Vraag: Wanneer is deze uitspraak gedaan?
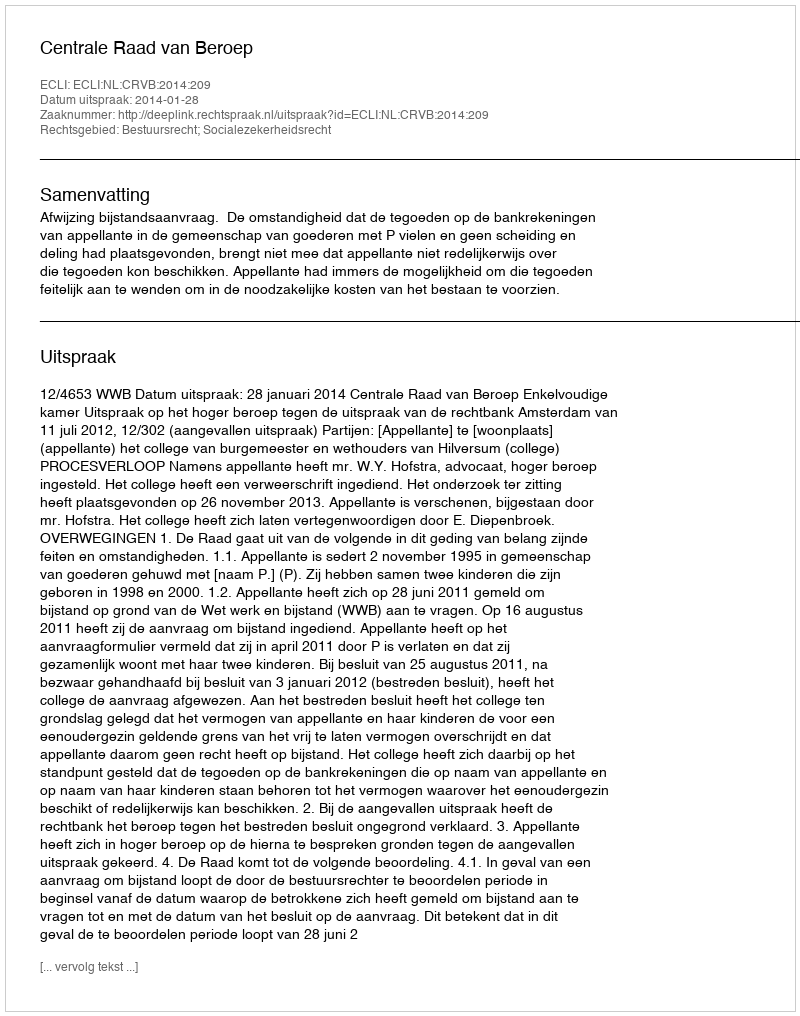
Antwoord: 2014-01-28